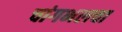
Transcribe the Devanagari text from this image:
चांगभलचा